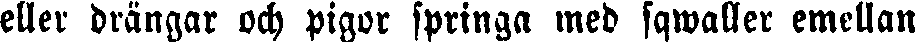
eller drängar och pigor springa med sqwaller emellan